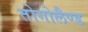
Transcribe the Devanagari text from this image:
तोगोलैण्ड